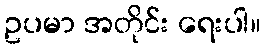
ဥပမာ အတိုင်း ရေးပါ။